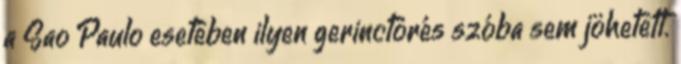
a Sao Paulo esetében ilyen gerinctörés szóba sem jöhetett.